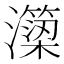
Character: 𭳣